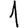
Digit: 1